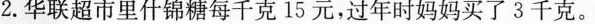
2.华联超市里什锦糖每千克15元，过年时妈妈买了3千克。